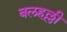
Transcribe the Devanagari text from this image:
बलहल्ली